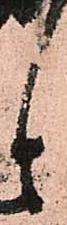
と